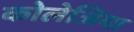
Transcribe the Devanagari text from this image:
कोलेजिया